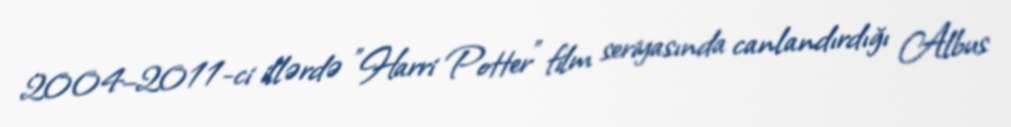
2004–2011-ci illərdə "Harri Potter" film seriyasında canlandırdığı Albus